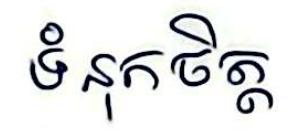
ទំនុកចិត្ត